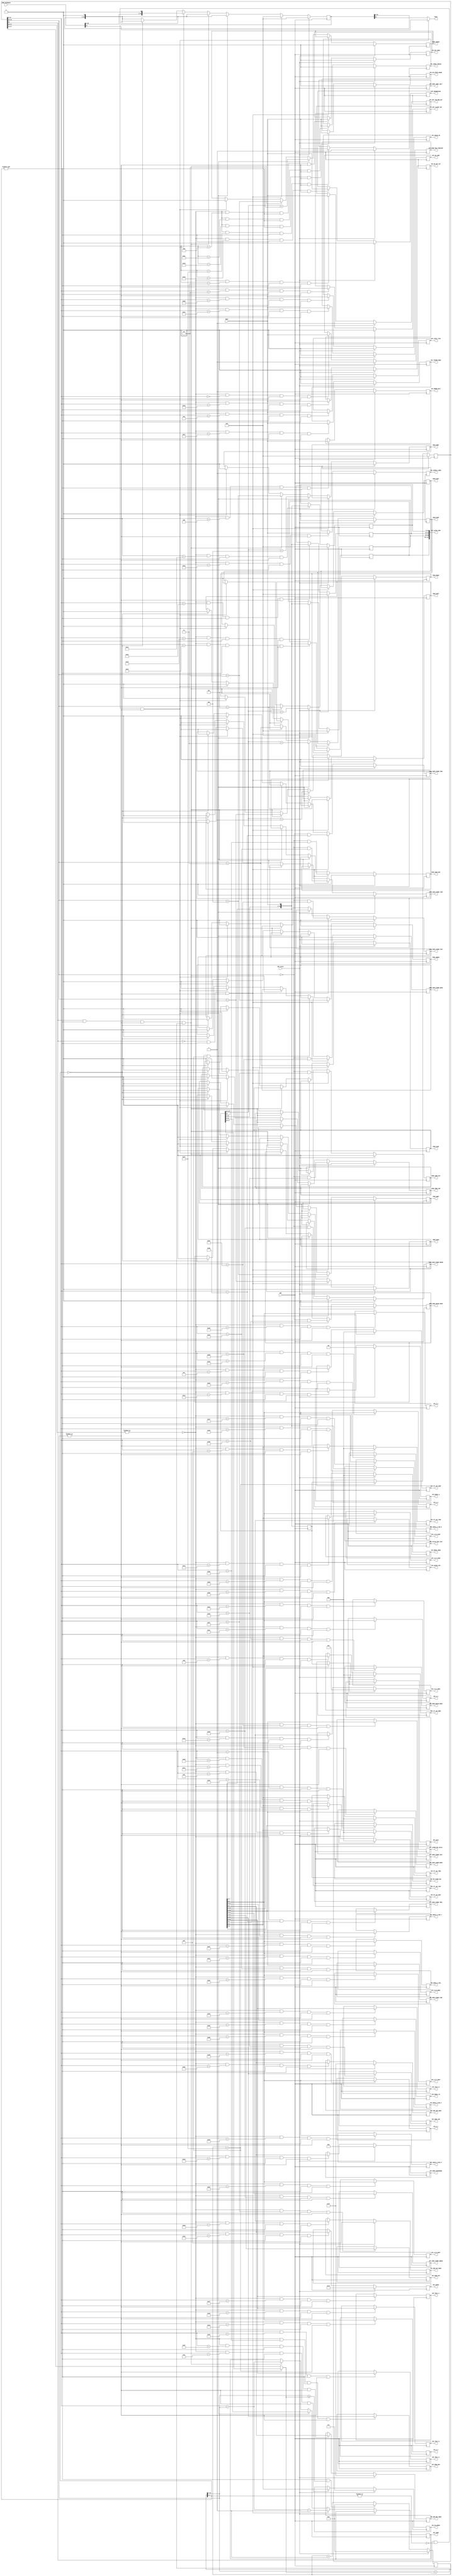
module spi_slave  #(
    parameter N = 256,
    parameter M = 8
)(

    // Global inputs -------------------------
    input  wire                 RST_async,

    // SPI slave interface -------------------
    input  wire                 SCK,
    output wire                 MISO,
    input  wire                 MOSI,

    // Global output -------------------------
    output  reg        [  15:0] SPI_ADDR,
    output  reg        [  31:0] SPI_DATA,
    output  reg                 SPI_EN_CONF,
    
    // Parameter outputs ---------------------
        // Toplevel
    output  reg        [   8:0] SPI_RO_STAGE_SEL,
    output  reg                 SPI_GET_CLKINT_OUT,
    output  reg                 SPI_GET_TAR_REQ_OUT,
        // Control
    output  reg                 SPI_RST_MODE,
    output  reg        [   2:0] SPI_DO_EPROP,
    output  reg                 SPI_LOCAL_TICK,
    output  reg                 SPI_ERROR_HALT,
    output  reg        [   2:0] SPI_FP_LOC_WINP,
    output  reg        [   2:0] SPI_FP_LOC_WREC,
    output  reg        [   2:0] SPI_FP_LOC_WOUT,
    output  reg        [   2:0] SPI_FP_LOC_TINP,
    output  reg        [   2:0] SPI_FP_LOC_TREC,
    output  reg        [   2:0] SPI_FP_LOC_TOUT,
    output  reg        [   3:0] SPI_LEARN_SIG_SCALE,
    output  reg        [   2:0] SPI_REGUL_MODE,
    output  reg        [   1:0] SPI_REGUL_W,
    output  reg                 SPI_EN_STOCH_ROUND,
    output  reg        [   7:0] SPI_SRAM_SPEEDMODE,
    output  reg                 SPI_TIMING_MODE,
    output  reg                 SPI_REGRESSION,
    output  reg                 SPI_SINGLE_LABEL,
    output  reg                 SPI_NO_OUT_ACT,
    output  reg                 SPI_SEND_PER_TIMESTEP,
    output  reg                 SPI_SEND_LABEL_ONLY,
    output  reg                 SPI_NOISE_EN,
    output  reg                 SPI_FORCE_TRACES,
        // Network 
    output  reg        [  31:0] SPI_CYCLES_PER_TICK,
    output  reg        [ 127:0] SPI_ALPHA_CONF,
    output  reg        [   7:0] SPI_KAPPA,
    output  reg signed [  15:0] SPI_THR_H_0,
    output  reg signed [  15:0] SPI_THR_H_1,
    output  reg signed [  15:0] SPI_THR_H_2,
    output  reg signed [  15:0] SPI_THR_H_3,
    output  reg signed [   4:0] SPI_H_0,
    output  reg signed [   4:0] SPI_H_1,
    output  reg signed [   4:0] SPI_H_2,
    output  reg signed [   4:0] SPI_H_3,
    output  reg signed [   4:0] SPI_H_4,
    output  reg        [   4:0] SPI_LR_R_WINP,
    output  reg        [   4:0] SPI_LR_P_WINP,
    output  reg        [   4:0] SPI_LR_R_WREC,
    output  reg        [   4:0] SPI_LR_P_WREC,
    output  reg        [   4:0] SPI_LR_R_WOUT,
    output  reg        [   4:0] SPI_LR_P_WOUT,
    output  reg        [  24:0] SPI_SEED_INP,
    output  reg        [  24:0] SPI_SEED_REC,
    output  reg        [  21:0] SPI_SEED_OUT,
    output  reg        [  29:0] SPI_SEED_STRND_NEUR,
    output  reg        [  14:0] SPI_SEED_STRND_ONEUR,
    output  reg        [  29:0] SPI_SEED_STRND_TINP,
    output  reg        [  29:0] SPI_SEED_STRND_TREC,
    output  reg        [  29:0] SPI_SEED_STRND_TOUT,
    output  reg        [  16:0] SPI_SEED_NOISE_NEUR,
    output  reg        [ M-1:0] SPI_NUM_INP_NEUR,
    output  reg        [ M-1:0] SPI_NUM_REC_NEUR,
    output  reg        [   3:0] SPI_NUM_OUT_NEUR,
    output  reg        [  11:0] SPI_REGUL_F0,
    output  reg        [   4:0] SPI_REGUL_K_INP_R,
    output  reg        [   4:0] SPI_REGUL_K_INP_P,
    output  reg        [   4:0] SPI_REGUL_K_REC_R,
    output  reg        [   4:0] SPI_REGUL_K_REC_P,
    output  reg        [   4:0] SPI_REGUL_K_MUL,
    output  reg        [   3:0] SPI_NOISE_STR,
        // Programming triggers
    output  reg                 PROG_NEUR,
    output  reg                 PROG_ONEUR,
    output  reg                 PROG_WINP,
    output  reg                 PROG_WREC,
    output  reg                 PROG_WOUT,
    output  reg                 PROG_SEED_INP,
    output  reg                 PROG_SEED_REC,
    output  reg                 PROG_SEED_OUT,
    output  reg                 PROG_SEED_STRND_NEUR,
    output  reg                 PROG_SEED_STRND_ONEUR,
    output  reg                 PROG_SEED_STRND_TINP,
    output  reg                 PROG_SEED_STRND_TREC,
    output  reg                 PROG_SEED_STRND_TOUT,
    output  reg                 PROG_SEED_NOISE_NEUR,
    output  reg                 READ_NEUR,
    output  reg                 READ_ONEUR,
    output  reg                 READ_WINP,
    output  reg                 READ_WREC,
    output  reg                 READ_WOUT,
    
    // Inputs from SRNN ------------------------
    input   wire       [  31:0] SRNN_READBACK
); 

    //----------------------------------------------------------------------------------
    //    REG & WIRES :
    //----------------------------------------------------------------------------------
    
    reg  [16:0] spi_cnt;
    
    reg  [31:0] spi_shift_reg_out, spi_shift_reg_in;
    reg  [31:0] spi_addr;
    wire [11:0] num_write;
    
    genvar      i;
    

    //----------------------------------------------------------------------------------
    //    SPI circuitry
    //----------------------------------------------------------------------------------

    // SPI counter
    always @(negedge SCK)
        if      (RST_async)                                      spi_cnt <= 17'd0;
        else if (&spi_cnt[4:0] && (spi_cnt[16:5] >= num_write))  spi_cnt <= 17'd0;
        else                                                     spi_cnt <= spi_cnt + 17'd1;
    assign num_write = (spi_cnt == 17'd31) ? spi_shift_reg_in[27:16] : spi_addr[27:16];

    always @(negedge SCK)
        if      (RST_async)                                      spi_addr <= 32'd0;
        else if (spi_cnt == 17'd31)                              spi_addr <= spi_shift_reg_in[31:0];
    
    always @(posedge SCK)
        spi_shift_reg_in <= {spi_shift_reg_in[30:0], MOSI};
        
    always @(negedge SCK)
        if (RST_async) begin
            spi_shift_reg_out     <= 32'b0;
            PROG_NEUR             <= 1'b0;
            PROG_ONEUR            <= 1'b0;
            PROG_WINP             <= 1'b0;
            PROG_WREC             <= 1'b0;
            PROG_WOUT             <= 1'b0;
            PROG_SEED_INP         <= 1'b0;
            PROG_SEED_REC         <= 1'b0;
            PROG_SEED_OUT         <= 1'b0;
            PROG_SEED_STRND_NEUR  <= 1'b0;
            PROG_SEED_STRND_ONEUR <= 1'b0;
            PROG_SEED_STRND_TINP  <= 1'b0;
            PROG_SEED_STRND_TREC  <= 1'b0;
            PROG_SEED_STRND_TOUT  <= 1'b0;
            PROG_SEED_NOISE_NEUR  <= 1'b0;
            READ_NEUR             <= 1'b0;
            READ_ONEUR            <= 1'b0;
            READ_WINP             <= 1'b0;
            READ_WREC             <= 1'b0;
            READ_WOUT             <= 1'b0;
        end else if (!spi_addr[31] && &spi_cnt[4:0] && |spi_cnt[16:5]) begin
            spi_shift_reg_out     <= 32'b0;
            PROG_NEUR             <=  (spi_addr[30:28] == 3'b001);
            PROG_ONEUR            <=  (spi_addr[30:28] == 3'b010);
            PROG_WINP             <=  (spi_addr[30:28] == 3'b011);
            PROG_WREC             <=  (spi_addr[30:28] == 3'b100);
            PROG_WOUT             <=  (spi_addr[30:28] == 3'b101);
            PROG_SEED_INP         <= ((spi_addr[30:28] == 3'b000) && (spi_addr[15:0] == 16'd85));
            PROG_SEED_REC         <= ((spi_addr[30:28] == 3'b000) && (spi_addr[15:0] == 16'd86));
            PROG_SEED_OUT         <= ((spi_addr[30:28] == 3'b000) && (spi_addr[15:0] == 16'd87));
            PROG_SEED_STRND_NEUR  <= ((spi_addr[30:28] == 3'b000) && (spi_addr[15:0] == 16'd88));
            PROG_SEED_STRND_ONEUR <= ((spi_addr[30:28] == 3'b000) && (spi_addr[15:0] == 16'd89));
            PROG_SEED_STRND_TINP  <= ((spi_addr[30:28] == 3'b000) && (spi_addr[15:0] == 16'd90));
            PROG_SEED_STRND_TREC  <= ((spi_addr[30:28] == 3'b000) && (spi_addr[15:0] == 16'd91));
            PROG_SEED_STRND_TOUT  <= ((spi_addr[30:28] == 3'b000) && (spi_addr[15:0] == 16'd92));
            PROG_SEED_NOISE_NEUR  <= ((spi_addr[30:28] == 3'b000) && (spi_addr[15:0] == 16'd93));
            SPI_ADDR              <=   spi_addr[15:0] + {4'b0,spi_cnt[16:5]} - 16'd1;
            SPI_DATA              <=   spi_shift_reg_in;
        end else if ( spi_shift_reg_in[31] && (spi_cnt == 17'd31)) begin
            spi_shift_reg_out     <=  {spi_shift_reg_out[30:0], 1'b0};
            READ_NEUR             <=  (spi_shift_reg_in[30:28] == 3'b001);
            READ_ONEUR            <=  (spi_shift_reg_in[30:28] == 3'b010);
            READ_WINP             <=  (spi_shift_reg_in[30:28] == 3'b011);
            READ_WREC             <=  (spi_shift_reg_in[30:28] == 3'b100);
            READ_WOUT             <=  (spi_shift_reg_in[30:28] == 3'b101);
            SPI_ADDR              <=   spi_shift_reg_in[15:0];
        end else if ( spi_addr[31] && &spi_cnt[4:0] && |spi_cnt[16:5] && (spi_cnt[16:5] < num_write)) begin
            spi_shift_reg_out     <=  {spi_shift_reg_out[30:0], 1'b0};
            READ_NEUR             <=  (spi_addr[30:28] == 3'b001);
            READ_ONEUR            <=  (spi_addr[30:28] == 3'b010);
            READ_WINP             <=  (spi_addr[30:28] == 3'b011);
            READ_WREC             <=  (spi_addr[30:28] == 3'b100);
            READ_WOUT             <=  (spi_addr[30:28] == 3'b101);
            SPI_ADDR              <=   spi_addr[15:0] + {4'b0,spi_cnt[16:5]};
        end else if ( spi_addr[31] && ~|spi_cnt[4:0] && |spi_cnt[16:5]) begin
            spi_shift_reg_out     <= SRNN_READBACK << 1;
            READ_NEUR             <= 1'b0;
            READ_ONEUR            <= 1'b0;
            READ_WINP             <= 1'b0;
            READ_WREC             <= 1'b0;
            READ_WOUT             <= 1'b0;
            PROG_NEUR             <= 1'b0;
            PROG_ONEUR            <= 1'b0;
            PROG_WINP             <= 1'b0;
            PROG_WREC             <= 1'b0;
            PROG_WOUT             <= 1'b0;
            PROG_SEED_INP         <= 1'b0;
            PROG_SEED_REC         <= 1'b0;
            PROG_SEED_OUT         <= 1'b0;
            PROG_SEED_STRND_NEUR  <= 1'b0;
            PROG_SEED_STRND_ONEUR <= 1'b0;
            PROG_SEED_STRND_TINP  <= 1'b0;
            PROG_SEED_STRND_TREC  <= 1'b0;
            PROG_SEED_STRND_TOUT  <= 1'b0;
            PROG_SEED_NOISE_NEUR  <= 1'b0;
        end else if (spi_cnt[4:0] == 5'd0) begin
            PROG_NEUR             <= 1'b0;
            PROG_ONEUR            <= 1'b0;
            PROG_WINP             <= 1'b0;
            PROG_WREC             <= 1'b0;
            PROG_WOUT             <= 1'b0;
            PROG_SEED_INP         <= 1'b0;
            PROG_SEED_REC         <= 1'b0;
            PROG_SEED_OUT         <= 1'b0;
            PROG_SEED_STRND_NEUR  <= 1'b0;
            PROG_SEED_STRND_ONEUR <= 1'b0;
            PROG_SEED_STRND_TINP  <= 1'b0;
            PROG_SEED_STRND_TREC  <= 1'b0;
            PROG_SEED_STRND_TOUT  <= 1'b0;
            PROG_SEED_NOISE_NEUR  <= 1'b0;
        end else begin
            spi_shift_reg_out   <= {spi_shift_reg_out[30:0], 1'b0};
        end
        
    // SPI MISO
    assign MISO = (spi_addr[31] && ~|spi_cnt[4:0] && |spi_cnt[16:5]) ? SRNN_READBACK[31] : spi_shift_reg_out[31];

    
    //----------------------------------------------------------------------------------
    //    Output config. registers
    //----------------------------------------------------------------------------------
    

    // Toplevel

    //SPI_EN_CONF - 1 bit - address 0
    always @(posedge SCK)
        if      (RST_async)                                                                              SPI_EN_CONF <= 1'b1;
        else if (~|spi_addr[31:28] && (spi_addr[15:0] == 16'd0 ) && &spi_cnt[4:0] && |spi_cnt[16:5])     SPI_EN_CONF <= MOSI;
    
    //SPI_RO_STAGE_SEL - 9 bits - address 1
    always @(posedge SCK)
        if      (~|spi_addr[31:28] && (spi_addr[15:0] == 16'd1 ) && &spi_cnt[4:0] && |spi_cnt[16:5])     SPI_RO_STAGE_SEL <= {spi_shift_reg_in[7:0], MOSI};
        
    //SPI_GET_CLKINT_OUT - 1 bit - address 2
    always @(posedge SCK)
        if      (RST_async)                                                                              SPI_GET_CLKINT_OUT <= 1'b0;
        else if (~|spi_addr[31:28] && (spi_addr[15:0] == 16'd2 ) && &spi_cnt[4:0] && |spi_cnt[16:5])     SPI_GET_CLKINT_OUT <= MOSI;
        
    //SPI_GET_TAR_REQ_OUT - 1 bit - address 3
    always @(posedge SCK)
        if      (RST_async)                                                                              SPI_GET_TAR_REQ_OUT <= 1'b1;
        else if (~|spi_addr[31:28] && (spi_addr[15:0] == 16'd3 ) && &spi_cnt[4:0] && |spi_cnt[16:5])     SPI_GET_TAR_REQ_OUT <= MOSI;

    /*                                                 *
     * Some address room for other params if necessary *
     *                                                 */


    // Control

    //SPI_RST_MODE - 1 bit - address 8
    always @(posedge SCK)
        if      (RST_async)                                                                              SPI_RST_MODE <= 1'b0;
        else if (~|spi_addr[31:28] && (spi_addr[15:0] == 16'd8 ) && &spi_cnt[4:0] && |spi_cnt[16:5])     SPI_RST_MODE <= MOSI;
    
    //SPI_DO_EPROP - 3 bits - address 9
    always @(posedge SCK)
        if      (RST_async)                                                                              SPI_DO_EPROP <= 3'b111;
        else if (~|spi_addr[31:28] && (spi_addr[15:0] == 16'd9 ) && &spi_cnt[4:0] && |spi_cnt[16:5])     SPI_DO_EPROP <= {spi_shift_reg_in[1:0], MOSI};

    //SPI_LOCAL_TICK - 1 bit - address 10
    always @(posedge SCK)
        if      (RST_async)                                                                              SPI_LOCAL_TICK <= 1'b0;
        else if (~|spi_addr[31:28] && (spi_addr[15:0] == 16'd10) && &spi_cnt[4:0] && |spi_cnt[16:5])     SPI_LOCAL_TICK <= MOSI;
    
    //SPI_ERROR_HALT - 1 bits - address 11
    always @(posedge SCK)
        if      (RST_async)                                                                              SPI_ERROR_HALT <= 1'b1;
        else if (~|spi_addr[31:28] && (spi_addr[15:0] == 16'd11) && &spi_cnt[4:0] && |spi_cnt[16:5])     SPI_ERROR_HALT <= MOSI;
    
    //SPI_FP_LOC_WINP - 3 bits - address 12
    always @(posedge SCK)
        if      (RST_async)                                                                              SPI_FP_LOC_WINP <= 3'b000;
        else if (~|spi_addr[31:28] && (spi_addr[15:0] == 16'd12) && &spi_cnt[4:0] && |spi_cnt[16:5])     SPI_FP_LOC_WINP <= {spi_shift_reg_in[1:0], MOSI};
    
    //SPI_FP_LOC_WREC - 3 bits - address 13
    always @(posedge SCK)
        if      (RST_async)                                                                              SPI_FP_LOC_WREC <= 3'b000;
        else if (~|spi_addr[31:28] && (spi_addr[15:0] == 16'd13) && &spi_cnt[4:0] && |spi_cnt[16:5])     SPI_FP_LOC_WREC <= {spi_shift_reg_in[1:0], MOSI};
    
    //SPI_FP_LOC_WOUT - 3 bits - address 14
    always @(posedge SCK)
        if      (RST_async)                                                                              SPI_FP_LOC_WOUT <= 3'b000;
        else if (~|spi_addr[31:28] && (spi_addr[15:0] == 16'd14) && &spi_cnt[4:0] && |spi_cnt[16:5])     SPI_FP_LOC_WOUT <= {spi_shift_reg_in[1:0], MOSI};
    
    //SPI_FP_LOC_TINP - 3 bits - address 15
    always @(posedge SCK)
        if      (RST_async)                                                                              SPI_FP_LOC_TINP <= 3'b000;
        else if (~|spi_addr[31:28] && (spi_addr[15:0] == 16'd15) && &spi_cnt[4:0] && |spi_cnt[16:5])     SPI_FP_LOC_TINP <= {spi_shift_reg_in[1:0], MOSI};
    
    //SPI_FP_LOC_TREC - 3 bits - address 16
    always @(posedge SCK)
        if      (RST_async)                                                                              SPI_FP_LOC_TREC <= 3'b000;
        else if (~|spi_addr[31:28] && (spi_addr[15:0] == 16'd16) && &spi_cnt[4:0] && |spi_cnt[16:5])     SPI_FP_LOC_TREC <= {spi_shift_reg_in[1:0], MOSI};
    
    //SPI_FP_LOC_TOUT - 3 bits - address 17
    always @(posedge SCK)
        if      (RST_async)                                                                              SPI_FP_LOC_TOUT <= 3'b000;
        else if (~|spi_addr[31:28] && (spi_addr[15:0] == 16'd17) && &spi_cnt[4:0] && |spi_cnt[16:5])     SPI_FP_LOC_TOUT <= {spi_shift_reg_in[1:0], MOSI};
    
    //SPI_LEARN_SIG_SCALE - 4 bits - address 18
    always @(posedge SCK)
        if      (RST_async)                                                                              SPI_LEARN_SIG_SCALE <= 4'b0000;
        else if (~|spi_addr[31:28] && (spi_addr[15:0] == 16'd18) && &spi_cnt[4:0] && |spi_cnt[16:5])     SPI_LEARN_SIG_SCALE <= {spi_shift_reg_in[2:0], MOSI};
    
    //SPI_REGUL_MODE - 3 bits - address 19
    always @(posedge SCK)
        if      (RST_async)                                                                              SPI_REGUL_MODE <= 3'b000;
        else if (~|spi_addr[31:28] && (spi_addr[15:0] == 16'd19) && &spi_cnt[4:0] && |spi_cnt[16:5])     SPI_REGUL_MODE <= {spi_shift_reg_in[1:0], MOSI};
    
    //SPI_REGUL_W - 2 bits - address 20
    always @(posedge SCK)
        if      (RST_async)                                                                              SPI_REGUL_W <= 2'b00;
        else if (~|spi_addr[31:28] && (spi_addr[15:0] == 16'd20) && &spi_cnt[4:0] && |spi_cnt[16:5])     SPI_REGUL_W <= {spi_shift_reg_in[0], MOSI};
        
    //SPI_EN_STOCH_ROUND - 1 bit - address 21
    always @(posedge SCK)
        if      (RST_async)                                                                              SPI_EN_STOCH_ROUND <= 1'b0;
        else if (~|spi_addr[31:28] && (spi_addr[15:0] == 16'd21) && &spi_cnt[4:0] && |spi_cnt[16:5])     SPI_EN_STOCH_ROUND <= MOSI;
    
    //SPI_SRAM_SPEEDMODE - 8 bits - address 22
    always @(posedge SCK)
        if      (RST_async)                                                                              SPI_SRAM_SPEEDMODE <= 8'h00;
        else if (~|spi_addr[31:28] && (spi_addr[15:0] == 16'd22) && &spi_cnt[4:0] && |spi_cnt[16:5])     SPI_SRAM_SPEEDMODE <= {spi_shift_reg_in[6:0], MOSI};
        
    //SPI_TIMING_MODE - 1 bit - address 23
    always @(posedge SCK)
        if      (RST_async)                                                                              SPI_TIMING_MODE <= 1'b0;
        else if (~|spi_addr[31:28] && (spi_addr[15:0] == 16'd23) && &spi_cnt[4:0] && |spi_cnt[16:5])     SPI_TIMING_MODE <= MOSI;

    //Config register at address 24 removed (unpublished block)

    //SPI_REGRESSION - 1 bit - address 25
    always @(posedge SCK)
        if      (RST_async)                                                                              SPI_REGRESSION <= 1'b0;
        else if (~|spi_addr[31:28] && (spi_addr[15:0] == 16'd25) && &spi_cnt[4:0] && |spi_cnt[16:5])     SPI_REGRESSION <= MOSI;

    //SPI_SINGLE_LABEL - 1 bit - address 26
    always @(posedge SCK)
        if      (RST_async)                                                                              SPI_SINGLE_LABEL <= 1'b1;
        else if (~|spi_addr[31:28] && (spi_addr[15:0] == 16'd26) && &spi_cnt[4:0] && |spi_cnt[16:5])     SPI_SINGLE_LABEL <= MOSI;

    //SPI_NO_OUT_ACT - 1 bit - address 27
    always @(posedge SCK)
        if      (RST_async)                                                                              SPI_NO_OUT_ACT <= 1'b0;
        else if (~|spi_addr[31:28] && (spi_addr[15:0] == 16'd27) && &spi_cnt[4:0] && |spi_cnt[16:5])     SPI_NO_OUT_ACT <= MOSI;

    //Config register at address 28 removed (unpublished block)

    //Config register at address 29 removed (unpublished block)

    //SPI_SEND_PER_TIMESTEP - 1 bit - address 30
    always @(posedge SCK)
        if      (RST_async)                                                                              SPI_SEND_PER_TIMESTEP <= 1'b0;
        else if (~|spi_addr[31:28] && (spi_addr[15:0] == 16'd30) && &spi_cnt[4:0] && |spi_cnt[16:5])     SPI_SEND_PER_TIMESTEP <= MOSI;

    //SPI_SEND_LABEL_ONLY - 1 bit - address 31
    always @(posedge SCK)
        if      (RST_async)                                                                              SPI_SEND_LABEL_ONLY <= 1'b1;
        else if (~|spi_addr[31:28] && (spi_addr[15:0] == 16'd31) && &spi_cnt[4:0] && |spi_cnt[16:5])     SPI_SEND_LABEL_ONLY <= MOSI;

    //SPI_NOISE_EN - 1 bit - address 32
    always @(posedge SCK)
        if      (RST_async)                                                                              SPI_NOISE_EN <= 1'b0;
        else if (~|spi_addr[31:28] && (spi_addr[15:0] == 16'd32) && &spi_cnt[4:0] && |spi_cnt[16:5])     SPI_NOISE_EN <= MOSI;

    //SPI_FORCE_TRACES - 1 bit - address 33
    always @(posedge SCK)
        if      (RST_async)                                                                              SPI_FORCE_TRACES <= 1'b0;
        else if (~|spi_addr[31:28] && (spi_addr[15:0] == 16'd33) && &spi_cnt[4:0] && |spi_cnt[16:5])     SPI_FORCE_TRACES <= MOSI;

    //Config register at address 34 removed (unpublished block)


    /*                                                 *
     * Some address room for other params if necessary *
     *                                                 */


    // Network
    
    //SPI_CYCLES_PER_TICK - 32 bits - address 64
    always @(posedge SCK)
        if      (~|spi_addr[31:28] && (spi_addr[15:0] == 16'd64 ) && &spi_cnt[4:0] && |spi_cnt[16:5])     SPI_CYCLES_PER_TICK <= {spi_shift_reg_in[30:0], MOSI};
    
    //SPI_ALPHA_CONF - 128 bits - addresses 65-68
    generate
        for (i=0; i<4; i=i+1) begin
            always @(posedge SCK)
                if      (RST_async)                                                                              SPI_ALPHA_CONF[32*i+31:32*i] <= 32'h00000000;
                else if (~|spi_addr[31:28] && (spi_addr[15:0] == (16'd65+i)) && &spi_cnt[4:0] && |spi_cnt[16:5]) SPI_ALPHA_CONF[32*i+31:32*i] <= {spi_shift_reg_in[30:0], MOSI};
        end
    endgenerate
    
    //SPI_KAPPA - 8 bits - address 69
    always @(posedge SCK)
        if      (RST_async)                                                                               SPI_KAPPA <= 8'b01111010;
        else if (~|spi_addr[31:28] && (spi_addr[15:0] == 16'd69 ) && &spi_cnt[4:0] && |spi_cnt[16:5])     SPI_KAPPA <= {spi_shift_reg_in[6:0], MOSI};
    
    //SPI_THR_H_0 - 16 bits - address 70
    always @(posedge SCK)
        if      (~|spi_addr[31:28] && (spi_addr[15:0] == 16'd70 ) && &spi_cnt[4:0] && |spi_cnt[16:5])     SPI_THR_H_0 <= {spi_shift_reg_in[14:0], MOSI};
    
    //SPI_THR_H_1 - 16 bits - address 71
    always @(posedge SCK)
        if      (~|spi_addr[31:28] && (spi_addr[15:0] == 16'd71 ) && &spi_cnt[4:0] && |spi_cnt[16:5])     SPI_THR_H_1 <= {spi_shift_reg_in[14:0], MOSI};
    
    //SPI_THR_H_2 - 16 bits - address 72
    always @(posedge SCK)
        if      (~|spi_addr[31:28] && (spi_addr[15:0] == 16'd72 ) && &spi_cnt[4:0] && |spi_cnt[16:5])     SPI_THR_H_2 <= {spi_shift_reg_in[14:0], MOSI};
    
    //SPI_THR_H_3 - 16 bits - address 73
    always @(posedge SCK)
        if      (~|spi_addr[31:28] && (spi_addr[15:0] == 16'd73 ) && &spi_cnt[4:0] && |spi_cnt[16:5])     SPI_THR_H_3 <= {spi_shift_reg_in[14:0], MOSI};
    
    //SPI_H_0 - 5 bits - address 74
    always @(posedge SCK)
        if      (~|spi_addr[31:28] && (spi_addr[15:0] == 16'd74 ) && &spi_cnt[4:0] && |spi_cnt[16:5])     SPI_H_0 <= {spi_shift_reg_in[3:0], MOSI};
    
    //SPI_H_1 - 5 bits - address 75
    always @(posedge SCK)
        if      (~|spi_addr[31:28] && (spi_addr[15:0] == 16'd75 ) && &spi_cnt[4:0] && |spi_cnt[16:5])     SPI_H_1 <= {spi_shift_reg_in[3:0], MOSI};
    
    //SPI_H_2 - 5 bits - address 76
    always @(posedge SCK)
        if      (~|spi_addr[31:28] && (spi_addr[15:0] == 16'd76 ) && &spi_cnt[4:0] && |spi_cnt[16:5])     SPI_H_2 <= {spi_shift_reg_in[3:0], MOSI};
    
    //SPI_H_3 - 5 bits - address 77
    always @(posedge SCK)
        if      (~|spi_addr[31:28] && (spi_addr[15:0] == 16'd77 ) && &spi_cnt[4:0] && |spi_cnt[16:5])     SPI_H_3 <= {spi_shift_reg_in[3:0], MOSI};
    
    //SPI_H_4 - 5 bits - address 78
    always @(posedge SCK)
        if      (~|spi_addr[31:28] && (spi_addr[15:0] == 16'd78 ) && &spi_cnt[4:0] && |spi_cnt[16:5])     SPI_H_4 <= {spi_shift_reg_in[3:0], MOSI};
    
    //SPI_LR_R_WINP - 5 bits - address 79
    always @(posedge SCK)
        if      (~|spi_addr[31:28] && (spi_addr[15:0] == 16'd79 ) && &spi_cnt[4:0] && |spi_cnt[16:5])     SPI_LR_R_WINP <= {spi_shift_reg_in[3:0], MOSI};
    
    //SPI_LR_P_WINP - 5 bits - address 80
    always @(posedge SCK)
        if      (~|spi_addr[31:28] && (spi_addr[15:0] == 16'd80 ) && &spi_cnt[4:0] && |spi_cnt[16:5])     SPI_LR_P_WINP <= {spi_shift_reg_in[3:0], MOSI};
    
    //SPI_LR_R_WREC - 5 bits - address 81
    always @(posedge SCK)
        if      (~|spi_addr[31:28] && (spi_addr[15:0] == 16'd81 ) && &spi_cnt[4:0] && |spi_cnt[16:5])     SPI_LR_R_WREC <= {spi_shift_reg_in[3:0], MOSI};
    
    //SPI_LR_P_WREC - 5 bits - address 82
    always @(posedge SCK)
        if      (~|spi_addr[31:28] && (spi_addr[15:0] == 16'd82 ) && &spi_cnt[4:0] && |spi_cnt[16:5])     SPI_LR_P_WREC <= {spi_shift_reg_in[3:0], MOSI};
    
    //SPI_LR_R_WOUT - 5 bits - address 83
    always @(posedge SCK)
        if      (~|spi_addr[31:28] && (spi_addr[15:0] == 16'd83 ) && &spi_cnt[4:0] && |spi_cnt[16:5])     SPI_LR_R_WOUT <= {spi_shift_reg_in[3:0], MOSI};
    
    //SPI_LR_P_WOUT - 5 bits - address 84
    always @(posedge SCK)
        if      (~|spi_addr[31:28] && (spi_addr[15:0] == 16'd84 ) && &spi_cnt[4:0] && |spi_cnt[16:5])     SPI_LR_P_WOUT <= {spi_shift_reg_in[3:0], MOSI};
    
    //SPI_SEED_INP - 25 bits - address 85
    always @(posedge SCK)
        if      (~|spi_addr[31:28] && (spi_addr[15:0] == 16'd85 ) && &spi_cnt[4:0] && |spi_cnt[16:5])     SPI_SEED_INP <= {spi_shift_reg_in[23:0], MOSI};
    
    //SPI_SEED_REC - 25 bits - address 86
    always @(posedge SCK)
        if      (~|spi_addr[31:28] && (spi_addr[15:0] == 16'd86 ) && &spi_cnt[4:0] && |spi_cnt[16:5])     SPI_SEED_REC <= {spi_shift_reg_in[23:0], MOSI};
    
    //SPI_SEED_OUT - 22 bits - address 87
    always @(posedge SCK)
        if      (~|spi_addr[31:28] && (spi_addr[15:0] == 16'd87 ) && &spi_cnt[4:0] && |spi_cnt[16:5])     SPI_SEED_OUT <= {spi_shift_reg_in[20:0], MOSI};
    
    //SPI_SEED_STRND_NEUR - 30 bits - address 88
    always @(posedge SCK)
        if      (~|spi_addr[31:28] && (spi_addr[15:0] == 16'd88 ) && &spi_cnt[4:0] && |spi_cnt[16:5])     SPI_SEED_STRND_NEUR <= {spi_shift_reg_in[28:0], MOSI};
    
    //SPI_SEED_STRND_ONEUR - 15 bits - address 89
    always @(posedge SCK)
        if      (~|spi_addr[31:28] && (spi_addr[15:0] == 16'd89 ) && &spi_cnt[4:0] && |spi_cnt[16:5])     SPI_SEED_STRND_ONEUR <= {spi_shift_reg_in[13:0], MOSI};
    
    //SPI_SEED_STRND_TINP - 30 bits - address 90
    always @(posedge SCK)
        if      (~|spi_addr[31:28] && (spi_addr[15:0] == 16'd90 ) && &spi_cnt[4:0] && |spi_cnt[16:5])     SPI_SEED_STRND_TINP <= {spi_shift_reg_in[28:0], MOSI};
    
    //SPI_SEED_STRND_TREC - 30 bits - address 91
    always @(posedge SCK)
        if      (~|spi_addr[31:28] && (spi_addr[15:0] == 16'd91 ) && &spi_cnt[4:0] && |spi_cnt[16:5])     SPI_SEED_STRND_TREC <= {spi_shift_reg_in[28:0], MOSI};
    
    //SPI_SEED_STRND_TOUT - 30 bits - address 92
    always @(posedge SCK)
        if      (~|spi_addr[31:28] && (spi_addr[15:0] == 16'd92 ) && &spi_cnt[4:0] && |spi_cnt[16:5])     SPI_SEED_STRND_TOUT <= {spi_shift_reg_in[28:0], MOSI};
    
    //SPI_SEED_NOISE_NEUR - 17 bits - address 93
    always @(posedge SCK)
        if      (~|spi_addr[31:28] && (spi_addr[15:0] == 16'd93 ) && &spi_cnt[4:0] && |spi_cnt[16:5])     SPI_SEED_NOISE_NEUR <= {spi_shift_reg_in[15:0], MOSI};
    
    //SPI_NUM_INP_NEUR - M bits - address 94
    always @(posedge SCK)
        if      (RST_async)                                                                               SPI_NUM_INP_NEUR <= {M{1'b1}};
        else if (~|spi_addr[31:28] && (spi_addr[15:0] == 16'd94 ) && &spi_cnt[4:0] && |spi_cnt[16:5])     SPI_NUM_INP_NEUR <= {spi_shift_reg_in[M-2:0], MOSI};
    
    //SPI_NUM_REC_NEUR - M bits - address 95
    always @(posedge SCK)
        if      (RST_async)                                                                               SPI_NUM_REC_NEUR <= {M{1'b1}};
        else if (~|spi_addr[31:28] && (spi_addr[15:0] == 16'd95 ) && &spi_cnt[4:0] && |spi_cnt[16:5])     SPI_NUM_REC_NEUR <= {spi_shift_reg_in[M-2:0], MOSI};
    
    //SPI_NUM_OUT_NEUR - 4 bits - address 96
    always @(posedge SCK)
        if      (RST_async)                                                                               SPI_NUM_OUT_NEUR <= 4'hF;
        else if (~|spi_addr[31:28] && (spi_addr[15:0] == 16'd96 ) && &spi_cnt[4:0] && |spi_cnt[16:5])     SPI_NUM_OUT_NEUR <= {spi_shift_reg_in[2:0], MOSI};

    //Config register at address 97 removed (unpublished block)
    
    //SPI_REGUL_F0 - 12 bits - address 98
    always @(posedge SCK)
        if      (~|spi_addr[31:28] && (spi_addr[15:0] == 16'd98 ) && &spi_cnt[4:0] && |spi_cnt[16:5])     SPI_REGUL_F0 <= {spi_shift_reg_in[10:0], MOSI};
    
    //SPI_REGUL_K_INP_R - 5 bits - address 99
    always @(posedge SCK)
        if      (~|spi_addr[31:28] && (spi_addr[15:0] == 16'd99 ) && &spi_cnt[4:0] && |spi_cnt[16:5])     SPI_REGUL_K_INP_R <= {spi_shift_reg_in[3:0], MOSI};
    
    //SPI_REGUL_K_INP_P - 5 bits - address 100
    always @(posedge SCK)
        if      (~|spi_addr[31:28] && (spi_addr[15:0] == 16'd100) && &spi_cnt[4:0] && |spi_cnt[16:5])     SPI_REGUL_K_INP_P <= {spi_shift_reg_in[3:0], MOSI};
    
    //SPI_REGUL_K_REC_R - 5 bits - address 101
    always @(posedge SCK)
        if      (~|spi_addr[31:28] && (spi_addr[15:0] == 16'd101) && &spi_cnt[4:0] && |spi_cnt[16:5])     SPI_REGUL_K_REC_R <= {spi_shift_reg_in[3:0], MOSI};
    
    //SPI_REGUL_K_REC_P - 5 bits - address 102
    always @(posedge SCK)
        if      (~|spi_addr[31:28] && (spi_addr[15:0] == 16'd102) && &spi_cnt[4:0] && |spi_cnt[16:5])     SPI_REGUL_K_REC_P <= {spi_shift_reg_in[3:0], MOSI};
    
    //SPI_REGUL_K_MUL - 5 bits - address 103
    always @(posedge SCK)
        if      (~|spi_addr[31:28] && (spi_addr[15:0] == 16'd103) && &spi_cnt[4:0] && |spi_cnt[16:5])     SPI_REGUL_K_MUL <= {spi_shift_reg_in[3:0], MOSI};
    
    //SPI_NOISE_STR - 4 bits - address 104
    always @(posedge SCK)
        if      (~|spi_addr[31:28] && (spi_addr[15:0] == 16'd104) && &spi_cnt[4:0] && |spi_cnt[16:5])     SPI_NOISE_STR <= {spi_shift_reg_in[2:0], MOSI};


    /*                                                 *
     * Some address room for other params if necessary *
     *                                                 */

    
    
endmodule